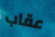
عقاب